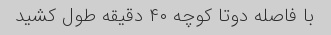
با فاصله دوتا کوچه ۴۰ دقیقه طول کشید